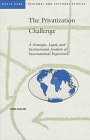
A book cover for The Privatization Challenge: A Strategic, Legal, and Institutional Analysis of International Experience (Regional and Sectoral Studies); Pierre Guislain; Law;